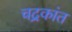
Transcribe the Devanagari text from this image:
चद्रकांत